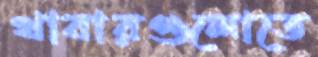
খাবারগুলোতে